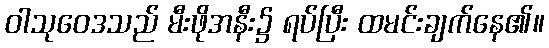
ဝါသုဝေဒသည် မီးဖိုအနီး၌ ရပ်ပြီး ထမင်းချက်နေ၏။